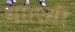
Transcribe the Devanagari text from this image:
था।एसी